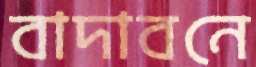
বাদাবনে